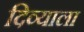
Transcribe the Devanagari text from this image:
दिव्याला